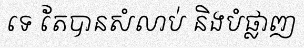
ទេ តែបានសំលាប់ និងបំផ្លាញ